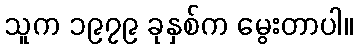
သူက ၁၉၇၉ ခုနှစ်က မွေးတာပါ။